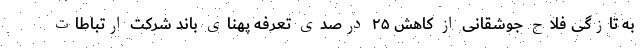
به تازگی فلاح جوشقانی از کاهش ۲۵ درصدی تعرفه پهنای باند شرکت ارتباطات